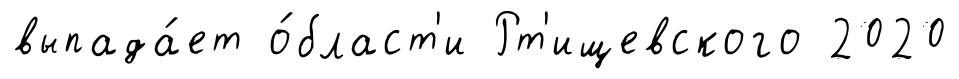
выпада́ет о́бласт'и Рт'ищевского 2020